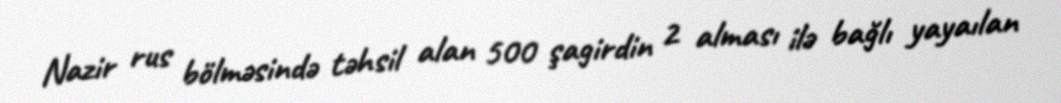
Nazir rus bölməsində təhsil alan 500 şagirdin 2 alması ilə bağlı yayaılan